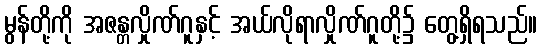
မွန်တို့ကို အဇန္တလှိုဏ်ဂူနှင့် အယ်လိုရာလှိုဏ်ဂူတို့၌ တွေ့ရှိရသည်။